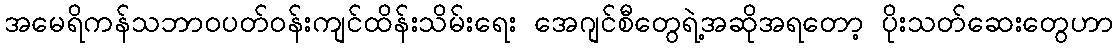
အမေရိကန်သဘာဝပတ်ဝန်းကျင်ထိန်းသိမ်းရေး အေဂျင်စီတွေရဲ့အဆိုအရတော့ ပိုးသတ်ဆေးတွေဟာ